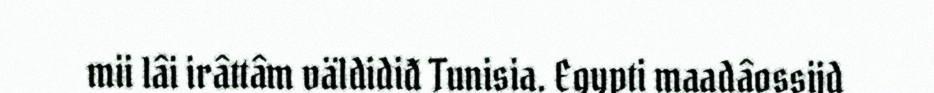
mii lâi irâttâm väldidiđ Tunisia. Egypti maadâossijd